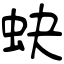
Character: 蚗